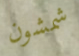
شمشون